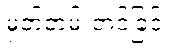
မှတ်တမ်းတင်ခြင်း